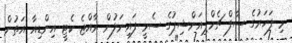
މި ފަހަރުގެ ސާފް ޗެމްޕިއަންޝިޕުގެ ސެމީ ފައިނަލުން ރާއްޖެ ކެޓީ އިންޑިއާ އަތުން